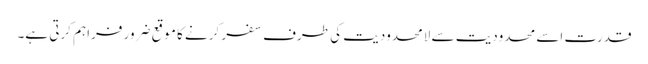
قدرت اسے محدودیت سے لامحدودیت کی طرف سفر کرنے کا موقع ضرور فراہم کرتی ہے۔